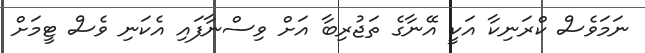
ނަމަވެސް ކްރަނިކާ އަކީ އޭނާގެ ތަޖުރިބާ އަށް ވިސްނާފައި އެކަނި ވެސް ޓީމަށް